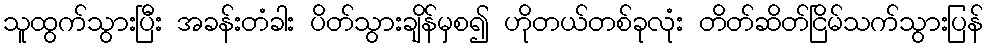
သူထွက်သွားပြီး အခန်းတံခါး ပိတ်သွားချိန်မှစ၍ ဟိုတယ်တစ်ခုလုံး တိတ်ဆိတ်ငြိမ်သက်သွားပြန်